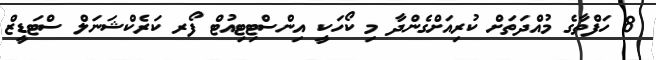
8 ހަފްތާގެ މުއްދަތަށް ކުރިއަށްގެންދާ މި ކޯހަކީ އިންސްޓިޓިއުޓް ފޯރ ކަރެކްޝަނަލް ސްޓަޑީޒް